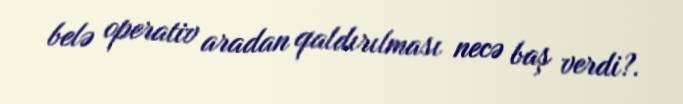
belə operativ aradan qaldırılması necə baş verdi?.